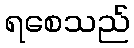
ရစေသည်